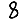
Digit: 8